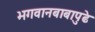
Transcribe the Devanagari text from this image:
भगवानबाबापुढे